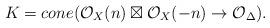
LaTeX: \begin{align*}K=cone(\mathcal{O}_{X}(n)\boxtimes\mathcal{O}_{X}(-n)\rightarrow \mathcal{O}_{\Delta}). \end{align*}